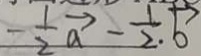
- \frac { 1 } { 2 } \overrightarrow { a } - \frac { 1 } { 2 } \overrightarrow { b }